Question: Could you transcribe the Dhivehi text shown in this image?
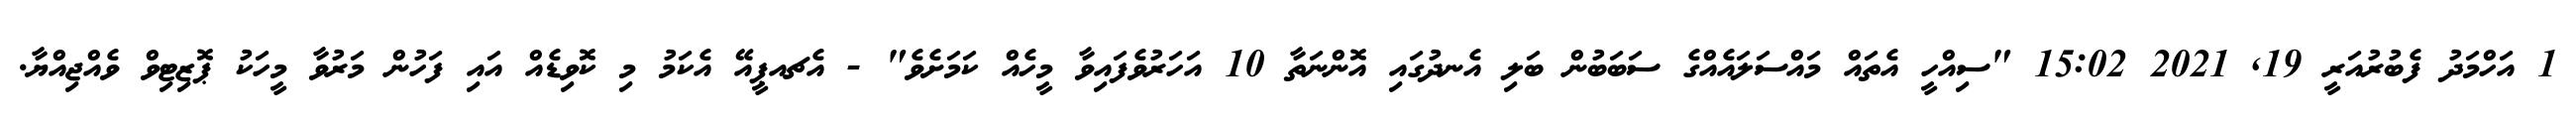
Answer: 1 އަހްމަދު ފެބުރުއަރީ 19, 2021 15:02 "ސިއްހީ އެތައް މައްސަލައެއްގެ ސަބަބުން ބަލި އެނދުގައި އޮންނަތާ 10 އަހަރުވެފައިވާ މީހެއް ކަމަށެވެ" - އެޗއޕީއޭ އެކަމު މި ކޮވިޑެއް އައި ފަހުން މަރުވާ މީހަކު ޕޮޒިޓިވް ވެއްޖިއްޔާ.